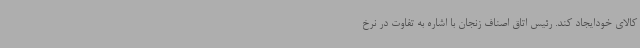
کالای خودایجاد کند. رئیس اتاق اصناف زنجان با اشاره به تفاوت در نرخ